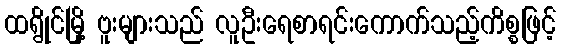
ထရွိုင်မြို့ ဗူးများသည် လူဦးရေစာရင်းကောက်သည့်ကိစ္စဖြင့်